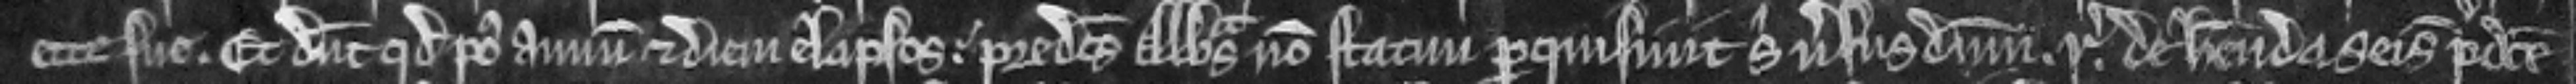
ette sue. Et dicunt quod post annum et diem elapsos. predictus Abbtus non statim perquisiuit sibi versus dominum. regem.  de habenda seisina predicte